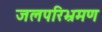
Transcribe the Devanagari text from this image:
जलपरिभ्रमण